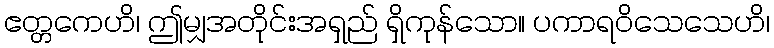
ဧတ္တကေဟိ၊ ဤမျှအတိုင်းအရှည် ရှိကုန်သော။ ပကာရဝိသေသေဟိ၊